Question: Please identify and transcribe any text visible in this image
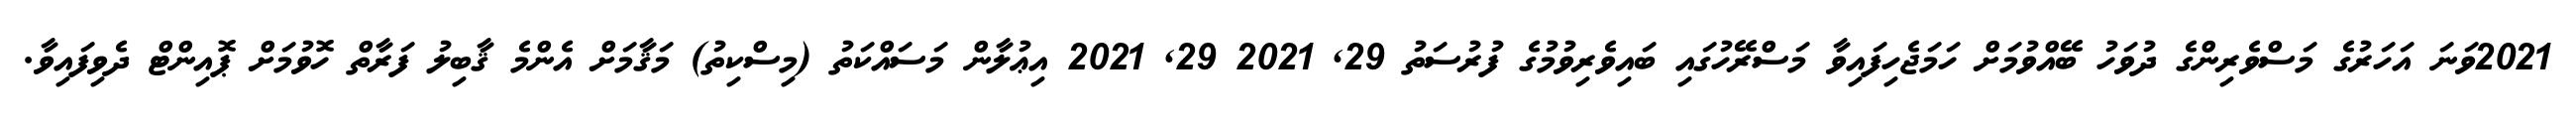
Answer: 2021ވަނަ އަހަރުގެ މަސްވެރިންގެ ދުވަހު ބޭއްވުމަށް ހަމަޖެހިފައިވާ މަސްރޭހުގައި ބައިވެރިވުމުގެ ފުރުސަތު 29, 2021 29, 2021 އިޢުލާން މަސައްކަތު (މިސްކިތު) މަޤާމަށް އެންމެ ޤާބިލު ފަރާތް ހޮވުމަށް ޕޮއިންޓް ދެވިފައިވާ.